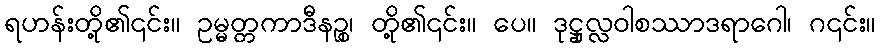
ရဟန်းတို့၏၎င်း။ ဥမ္မတ္တကာဒီနဉ္စ၊ တို့၏၎င်း။ ပေ။ ဒုဋ္ဌုလ္လဝါစဿာဒရာဂေါ၊ ဂ၎င်း။